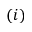
( i )